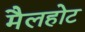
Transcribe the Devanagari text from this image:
मैलहोट